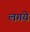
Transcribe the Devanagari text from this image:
लगये